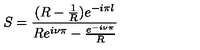
S = \frac { ( R - \frac { 1 } { R } ) e ^ { - i \pi l } } { R e ^ { i \nu \pi } - \frac { e ^ { - i \nu \pi } } { R } }